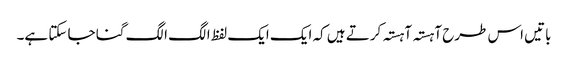
باتیں اس طرح آہستہ آہستہ کرتے ہیں کہ ایک ایک لفظ الگ الگ گنا جا سکتا ہے۔